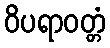
ဝိပရာဝတ္တံ